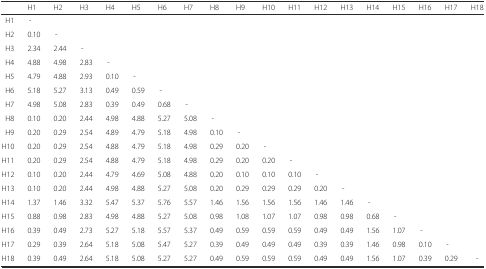
<table><thead><tr><td></td><td><b>H1</b></td><td><b>H2</b></td><td><b>H3</b></td><td><b>H4</b></td><td><b>H5</b></td><td><b>H6</b></td><td><b>H7</b></td><td><b>H8</b></td><td><b>H9</b></td><td><b>H10</b></td><td><b>H11</b></td><td><b>H12</b></td><td><b>H13</b></td><td><b>H14</b></td><td><b>H15</b></td><td><b>H16</b></td><td><b>H17</b></td><td><b>H18</b></td></tr></thead><tbody><tr><td>H1</td><td>-</td><td></td><td></td><td></td><td></td><td></td><td></td><td></td><td></td><td></td><td></td><td></td><td></td><td></td><td></td><td></td><td></td><td></td></tr><tr><td>H2</td><td>0.10</td><td>-</td><td></td><td></td><td></td><td></td><td></td><td></td><td></td><td></td><td></td><td></td><td></td><td></td><td></td><td></td><td></td><td></td></tr><tr><td>H3</td><td>2.34</td><td>2.44</td><td>-</td><td></td><td></td><td></td><td></td><td></td><td></td><td></td><td></td><td></td><td></td><td></td><td></td><td></td><td></td><td></td></tr><tr><td>H4</td><td>4.88</td><td>4.98</td><td>2.83</td><td>-</td><td></td><td></td><td></td><td></td><td></td><td></td><td></td><td></td><td></td><td></td><td></td><td></td><td></td><td></td></tr><tr><td>H5</td><td>4.79</td><td>4.88</td><td>2.93</td><td>0.10</td><td>-</td><td></td><td></td><td></td><td></td><td></td><td></td><td></td><td></td><td></td><td></td><td></td><td></td><td></td></tr><tr><td>H6</td><td>5.18</td><td>5.27</td><td>3.13</td><td>0.49</td><td>0.59</td><td>-</td><td></td><td></td><td></td><td></td><td></td><td></td><td></td><td></td><td></td><td></td><td></td><td></td></tr><tr><td>H7</td><td>4.98</td><td>5.08</td><td>2.83</td><td>0.39</td><td>0.49</td><td>0.68</td><td>-</td><td></td><td></td><td></td><td></td><td></td><td></td><td></td><td></td><td></td><td></td><td></td></tr><tr><td>H8</td><td>0.10</td><td>0.20</td><td>2.44</td><td>4.98</td><td>4.88</td><td>5.27</td><td>5.08</td><td>-</td><td></td><td></td><td></td><td></td><td></td><td></td><td></td><td></td><td></td><td></td></tr><tr><td>H9</td><td>0.20</td><td>0.29</td><td>2.54</td><td>4.89</td><td>4.79</td><td>5.18</td><td>4.98</td><td>0.10</td><td>-</td><td></td><td></td><td></td><td></td><td></td><td></td><td></td><td></td><td></td></tr><tr><td>H10</td><td>0.20</td><td>0.29</td><td>2.54</td><td>4.88</td><td>4.79</td><td>5.18</td><td>4.98</td><td>0.29</td><td>0.20</td><td>-</td><td></td><td></td><td></td><td></td><td></td><td></td><td></td><td></td></tr><tr><td>H11</td><td>0.20</td><td>0.29</td><td>2.54</td><td>4.88</td><td>4.79</td><td>5.18</td><td>4.98</td><td>0.29</td><td>0.20</td><td>0.20</td><td>-</td><td></td><td></td><td></td><td></td><td></td><td></td><td></td></tr><tr><td>H12</td><td>0.10</td><td>0.20</td><td>2.44</td><td>4.79</td><td>4.69</td><td>5.08</td><td>4.88</td><td>0.20</td><td>0.10</td><td>0.10</td><td>0.10</td><td>-</td><td></td><td></td><td></td><td></td><td></td><td></td></tr><tr><td>H13</td><td>0.10</td><td>0.20</td><td>2.44</td><td>4.98</td><td>4.88</td><td>5.27</td><td>5.08</td><td>0.20</td><td>0.29</td><td>0.29</td><td>0.29</td><td>0.20</td><td>-</td><td></td><td></td><td></td><td></td><td></td></tr><tr><td>H14</td><td>1.37</td><td>1.46</td><td>3.32</td><td>5.47</td><td>5.37</td><td>5.76</td><td>5.57</td><td>1.46</td><td>1.56</td><td>1.56</td><td>1.56</td><td>1.46</td><td>1.46</td><td>-</td><td></td><td></td><td></td><td></td></tr><tr><td>H15</td><td>0.88</td><td>0.98</td><td>2.83</td><td>4.98</td><td>4.88</td><td>5.27</td><td>5.08</td><td>0.98</td><td>1.08</td><td>1.07</td><td>1.07</td><td>0.98</td><td>0.98</td><td>0.68</td><td>-</td><td></td><td></td><td></td></tr><tr><td>H16</td><td>0.39</td><td>0.49</td><td>2.73</td><td>5.27</td><td>5.18</td><td>5.57</td><td>5.37</td><td>0.49</td><td>0.59</td><td>0.59</td><td>0.59</td><td>0.49</td><td>0.49</td><td>1.56</td><td>1.07</td><td>-</td><td></td><td></td></tr><tr><td>H17</td><td>0.29</td><td>0.39</td><td>2.64</td><td>5.18</td><td>5.08</td><td>5.47</td><td>5.27</td><td>0.39</td><td>0.49</td><td>0.49</td><td>0.49</td><td>0.39</td><td>0.39</td><td>1.46</td><td>0.98</td><td>0.10</td><td>-</td><td></td></tr><tr><td>H18</td><td>0.39</td><td>0.49</td><td>2.64</td><td>5.18</td><td>5.08</td><td>5.27</td><td>5.27</td><td>0.49</td><td>0.59</td><td>0.59</td><td>0.59</td><td>0.49</td><td>0.49</td><td>1.56</td><td>1.07</td><td>0.39</td><td>0.29</td><td>-</td></tr></tbody></table>